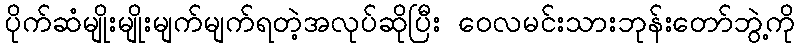
ပိုက်ဆံမျိုးမျိုးမျက်မျက်ရတဲ့အလုပ်ဆိုပြီး ဝေလမင်းသားဘုန်းတော်ဘွဲ့ကို